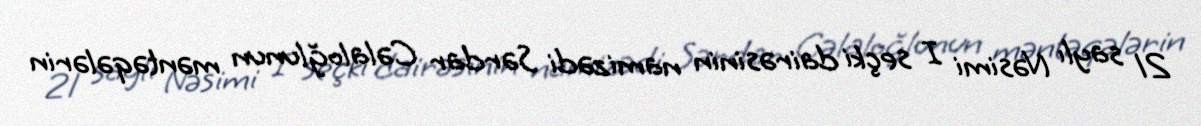
21 saylı Nəsimi I seçki dairəsinin namizədi Sərdar Cəlaloğlunun məntəqələrin